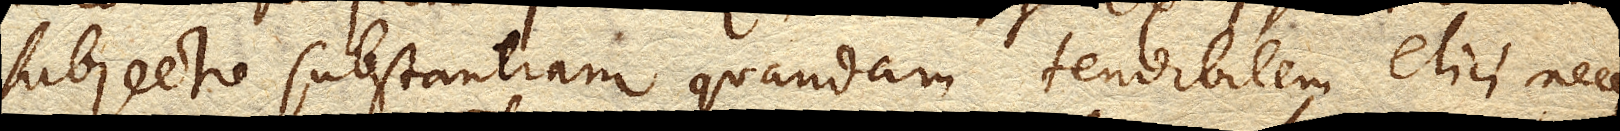
subjecto substantiam quandam tendibilem elici necesse